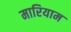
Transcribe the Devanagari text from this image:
मारियाम